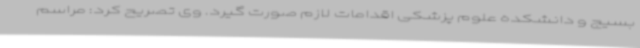
بسیج و دانشکده علوم پزشکی اقدامات لازم صورت گیرد. وی تصریح کرد: مراسم